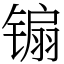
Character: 䦂